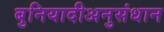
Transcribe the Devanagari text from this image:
बुनियादीअनुसंधान